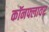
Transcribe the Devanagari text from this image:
कॉनफ्लावर